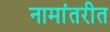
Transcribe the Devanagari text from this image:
नामांतरीत